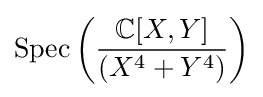
\operatorname {Spec} \left({\frac {\mathbb {C} [X,Y]}{(X^{4}+Y^{4})}}\right)